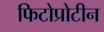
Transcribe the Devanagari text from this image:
फिटोप्रोटीन